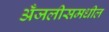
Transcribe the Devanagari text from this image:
अँजलीसमधील